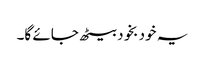
یہ خود بخود بیٹھ جائے گا۔